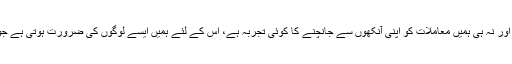
’’ ہم جانتے ہیں کہ پاکستان میں صورتحال بہتر ہورہی ہے لیکن ہم سیکیورٹی ماہرین نہیں اور نہ ہی ہمیں معاملات کو اپنی آنکھوں سے جانچنے کا کوئی تجربہ ہے، اس کے لئے ہمیں ایسے لوگوں کی ضرورت ہوتی ہے جوکہ متعلقہ شعبے کے ماہر ہوں، یہی وجہ ہے کہ ٹیمیں پاکستان کا سفر نہیں کررہی ہیں‘‘۔